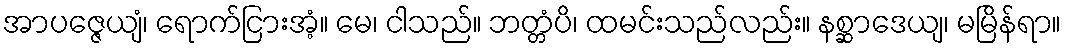
အာပဇ္ဇေယျံ၊ ရောက်ငြားအံ့။ မေ၊ ငါသည်။ ဘတ္တံပိ၊ ထမင်းသည်လည်း။ နစ္ဆာဒေယျ၊ မမြိန်ရာ။